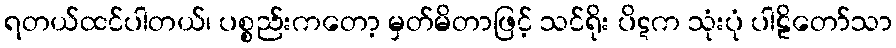
ရတယ်ထင်ပါတယ်၊ ပစ္စည်းကတော့ မှတ်မိတာဖြင့် သင်ရိုး ပိဋက သုံးပုံ ပါဠိတော်သာ